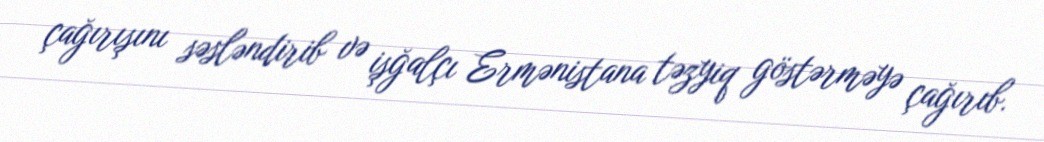
çağırışını səsləndirib və işğalçı Ermənistana təzyiq göstərməyə çağırıb.